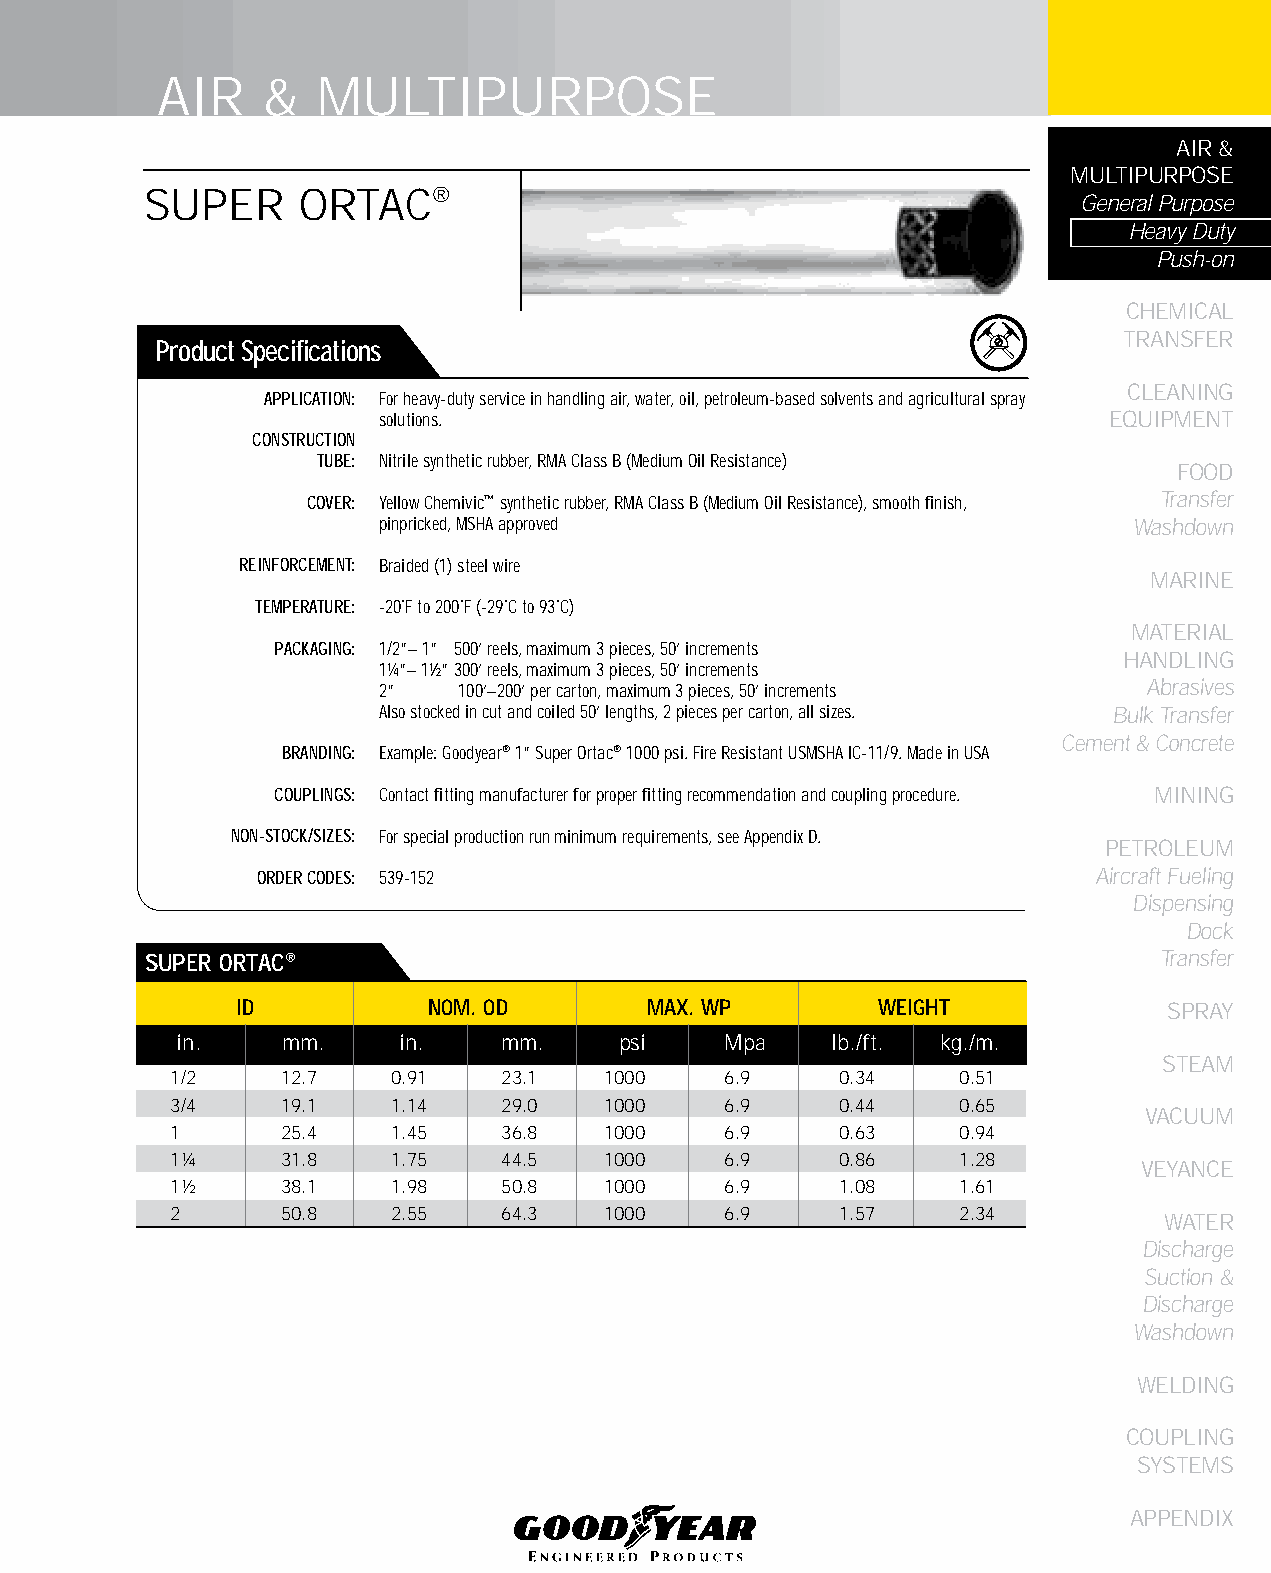
AIR    &   MULTIPURPOSE
 AIR &
 MULTIPURPOSE
 SUPER     ORTAC®
 General Purpose
 Heavy Duty
 Push-on
 CHEMICAL
 TRANSFER
 Product Specifications
 CLEANING
 APPLICATION: For heavy-duty service in handling air, water, oil, petroleum-based solvents and agricultural spray
 solutions.                                      EqUIPMENT
 CONSTRUCTION
 TUBE: Nitrile synthetic rubber, RMA Class B (Medium Oil Resistance)
 FOOD
 COVER: Yellow Chemivic™ synthetic rubber, RMA Class B (Medium Oil Resistance), smooth finish, Transfer
 pinpricked, MSHA approved                         Washdown
 REINFORCEMENT: Braided (1) steel wire
 MARINE
 TEMPERATURE: -20˚F to 200˚F (-29˚C to 93˚C)
 MATERIAL
 PACKAGING: 1/2”– 1” 500’ reels, maximum 3 pieces, 50’ increments
 HANDLING
 1¼”– 1½” 300’ reels, maximum 3 pieces, 50’ increments
 2”   100’–200’ per carton, maximum 3 pieces, 50’ increments Abrasives
 Also stocked in cut and coiled 50’ lengths, 2 pieces per carton, all sizes. Bulk Transfer
 Cement & Concrete
 BRANDING: Example: Goodyear® 1” Super Ortac® 1000 psi. Fire Resistant USMSHA IC-11/9. Made in USA
 COUPLINGS: Contact fitting manufacturer for proper fitting recommendation and coupling procedure. MINING
 NON-STOCK/SIZES: For special production run minimum requirements, see Appendix D.
 PETROLEUM
 ORDER CODES: 539-152                                    Aircraft Fueling
 Dispensing
 Dock
 SUPER ORTAC®                                                       Transfer
 ID          NOM. OD        MAX. WP        WEIGHT             SPRAY
 in.    mm.     in.   mm.     psi    Mpa    lb./ft. kg./m.
 STEAM
 1/2     12.7   0.91   23.1   1000    6.9     0.34    0.51
 3/4     19.1   1.14   29.0   1000    6.9     0.44    0.65
 VACUUM
 1       25.4   1.45   36.8   1000    6.9     0.63    0.94
 1¼      31.8   1.75   44.5   1000    6.9     0.86    1.28
 VEYANCE
 1½      38.1   1.98   50.8   1000    6.9     1.08    1.61
 2       50.8   2.55   64.3   1000    6.9     1.57    2.34
 WATER
 Discharge
 Suction &
 Discharge
 Washdown
 WELDING
 COUPLING
 SYSTEMS
 APPENDIX
 33